Lunatic asylums Punjab 1868-1880 - 1868-1880
Year: 1868
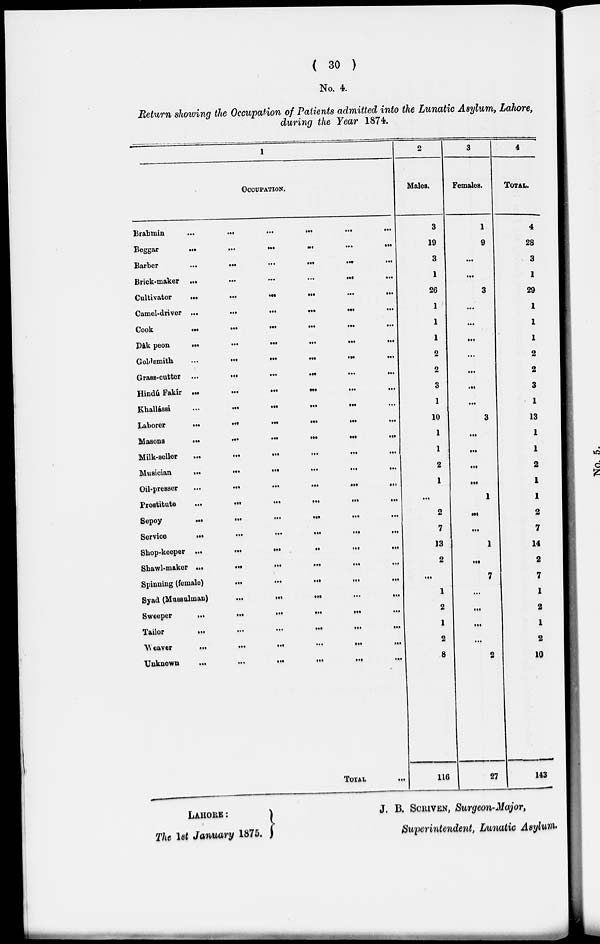
( 30 )
No. 4.
Return showing the Occupation of Patients admitted into the Lunatic Asylum, Lahore,
during the Year 1874.
1
OCCUPATION.
Brahmin
...
...
...
...
...
...
Beggar
...
...
...
...
...
...
Barber
...
...
...
...
...
...
Brick-maker
...
...
...
...
...
...
Cultivator
...
...
...
...
...
...
Camel-driver ...
...
...
...
...
...
Cook...
...
...
...
...
...
Dâk peon
...
...
...
...
...
...
Goldsmith
...
...
...
...
...
...
Grass-cutter ...
...
...
...
...
...
Hindu Fakír
...
...
...
...
...
...
Khallássi
...
...
...
...
...
...
Laborer
...
...
...
...
...
...
Masons
...
...
...
...
...
...
Milk-seller
...
...
...
...
...
...
Musician
...
...
...
...
...
...
Oil-presser
...
...
...
...
...
...
Prostitute
...
...
...
...
...
...
Sepoy
...
...
...
...
...
...
Service
...
...
...
...
...
...
Shop-keeper
...
...
...
...
...
...
Shawl-maker
...
...
...
...
...
...
Spinning (female)
...
...
...
...
...
Syad (Mussulman)
...
...
...
...
...
Sweeper
...
...
...
...
...
...
Tailor
...
...
...
...
...
...
Weaver
...
...
...
...
...
...
Unknown
...
...
...
...
...
...
TOTAL
...
2
Males.
3
19
3
1
26
1
1
1
2
2
3
1
10
1
1
2
1
...
2
7
13
2
...
1
2
1
2
8
116
3
Females.
1
9
...
...
3
...
...
...
...
...
...
...
3
...
...
...
...
1
...
...
1
...
7
...
...
...
...
2
27
4
TOTAL.
4
28
3
1
29
1
1
1
2
2
3
1
13
1
1
2
1
1
2
7
14
2
7
1
2
1
2
10
143
LAHORE:
The 1st January 1875.
J. B. SCRIVEN, Surgeon-Major,
Superintendent, Lunatic Asylum.